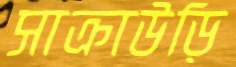
সাক্রাউড়ি